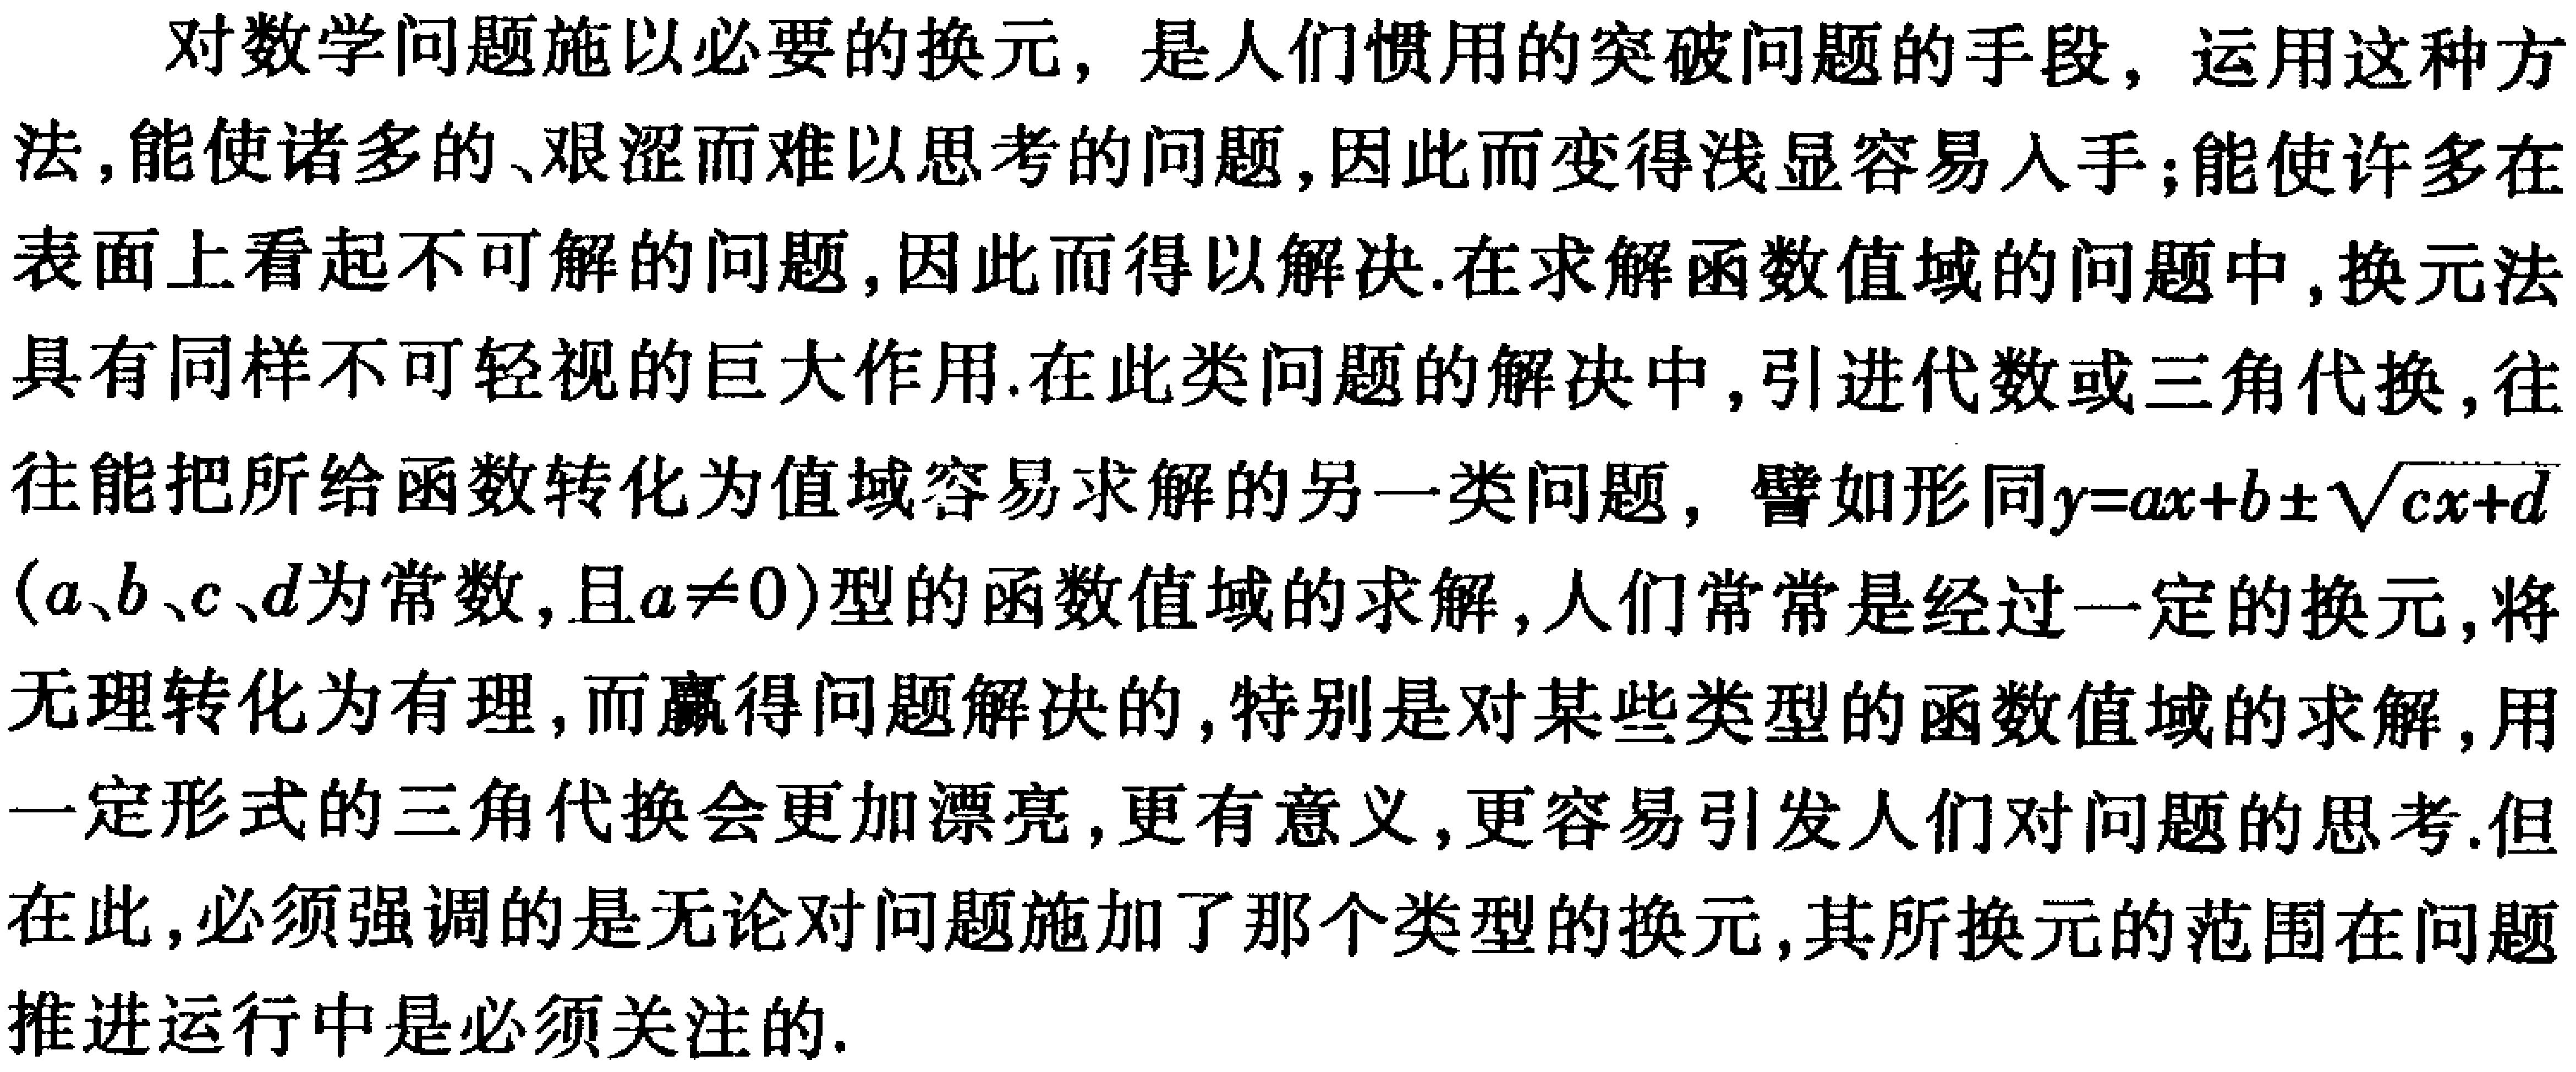
对数学问题施以必要的换元，是人们惯用的突破问题的手段，运用这种方法，能使诸多的、艰涩而难以思考的问题，因此而变得浅显容易入手；能使许多在表面上看起不可解的问题，因此而得以解决.在求解函数值域的问题中，换元法具有同样不可轻视的巨大作用.在此类问题的解决中，引进代数或三角代换，往往能把所给函数转化为值域容易求解的另一类问题， 譬如形同\(y = ax + b\pm\sqrt{cx + d}\)（\(a、b、c、d\)为常数，且\(a\neq0\)）型的函数值域的求解，人们常常是经过一定的换元，将无理转化为有理，而赢得问题解决的，特别是对某些类型的函数值域的求解，用一定形式的三角代换会更加漂亮，更有意义，更容易引发人们对问题的思考.但在此，必须强调的是无论对问题施加了那个类型的换元，其所换元的范围在问题推进运行中是必须关注的.